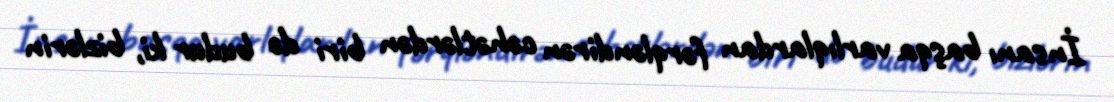
İnsanı başqa varlıqlardan fərqləndirən cəhətlərdən biri də budur ki, bizlərin